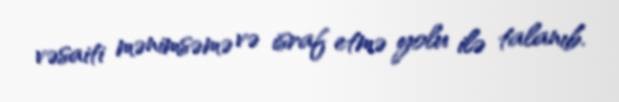
vəsaiti mənimsəmə və israf etmə yolu ilə talanıb.